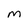
Character: M